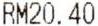
RM20.40